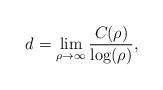
LaTeX: \begin{align*}d_{} = \lim_{\rho \rightarrow \infty} \frac{C_{}(\rho)}{\log(\rho)},\end{align*}